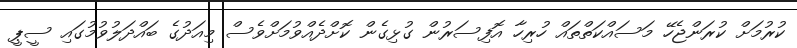
ކުރުމަށް ކުރަންޖެހޭ މަސައްކަތްތައް ހުރިހާ އޮފިސަރުން ގުޅިގެން ކޮށްދެއްވުމަށްވެސް މިއަދުގެ ބައްދަލުވުމުގައި ސީޕީ